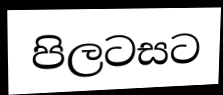
පිලටසට